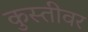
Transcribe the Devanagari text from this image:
कुस्तीवर